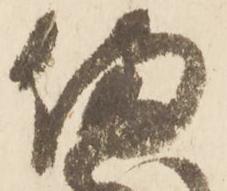
備